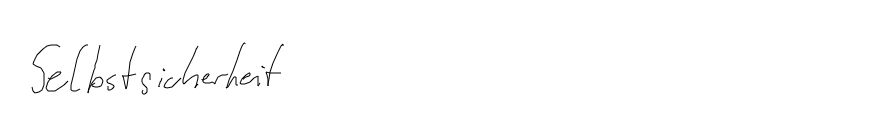
Selbstsicherheit